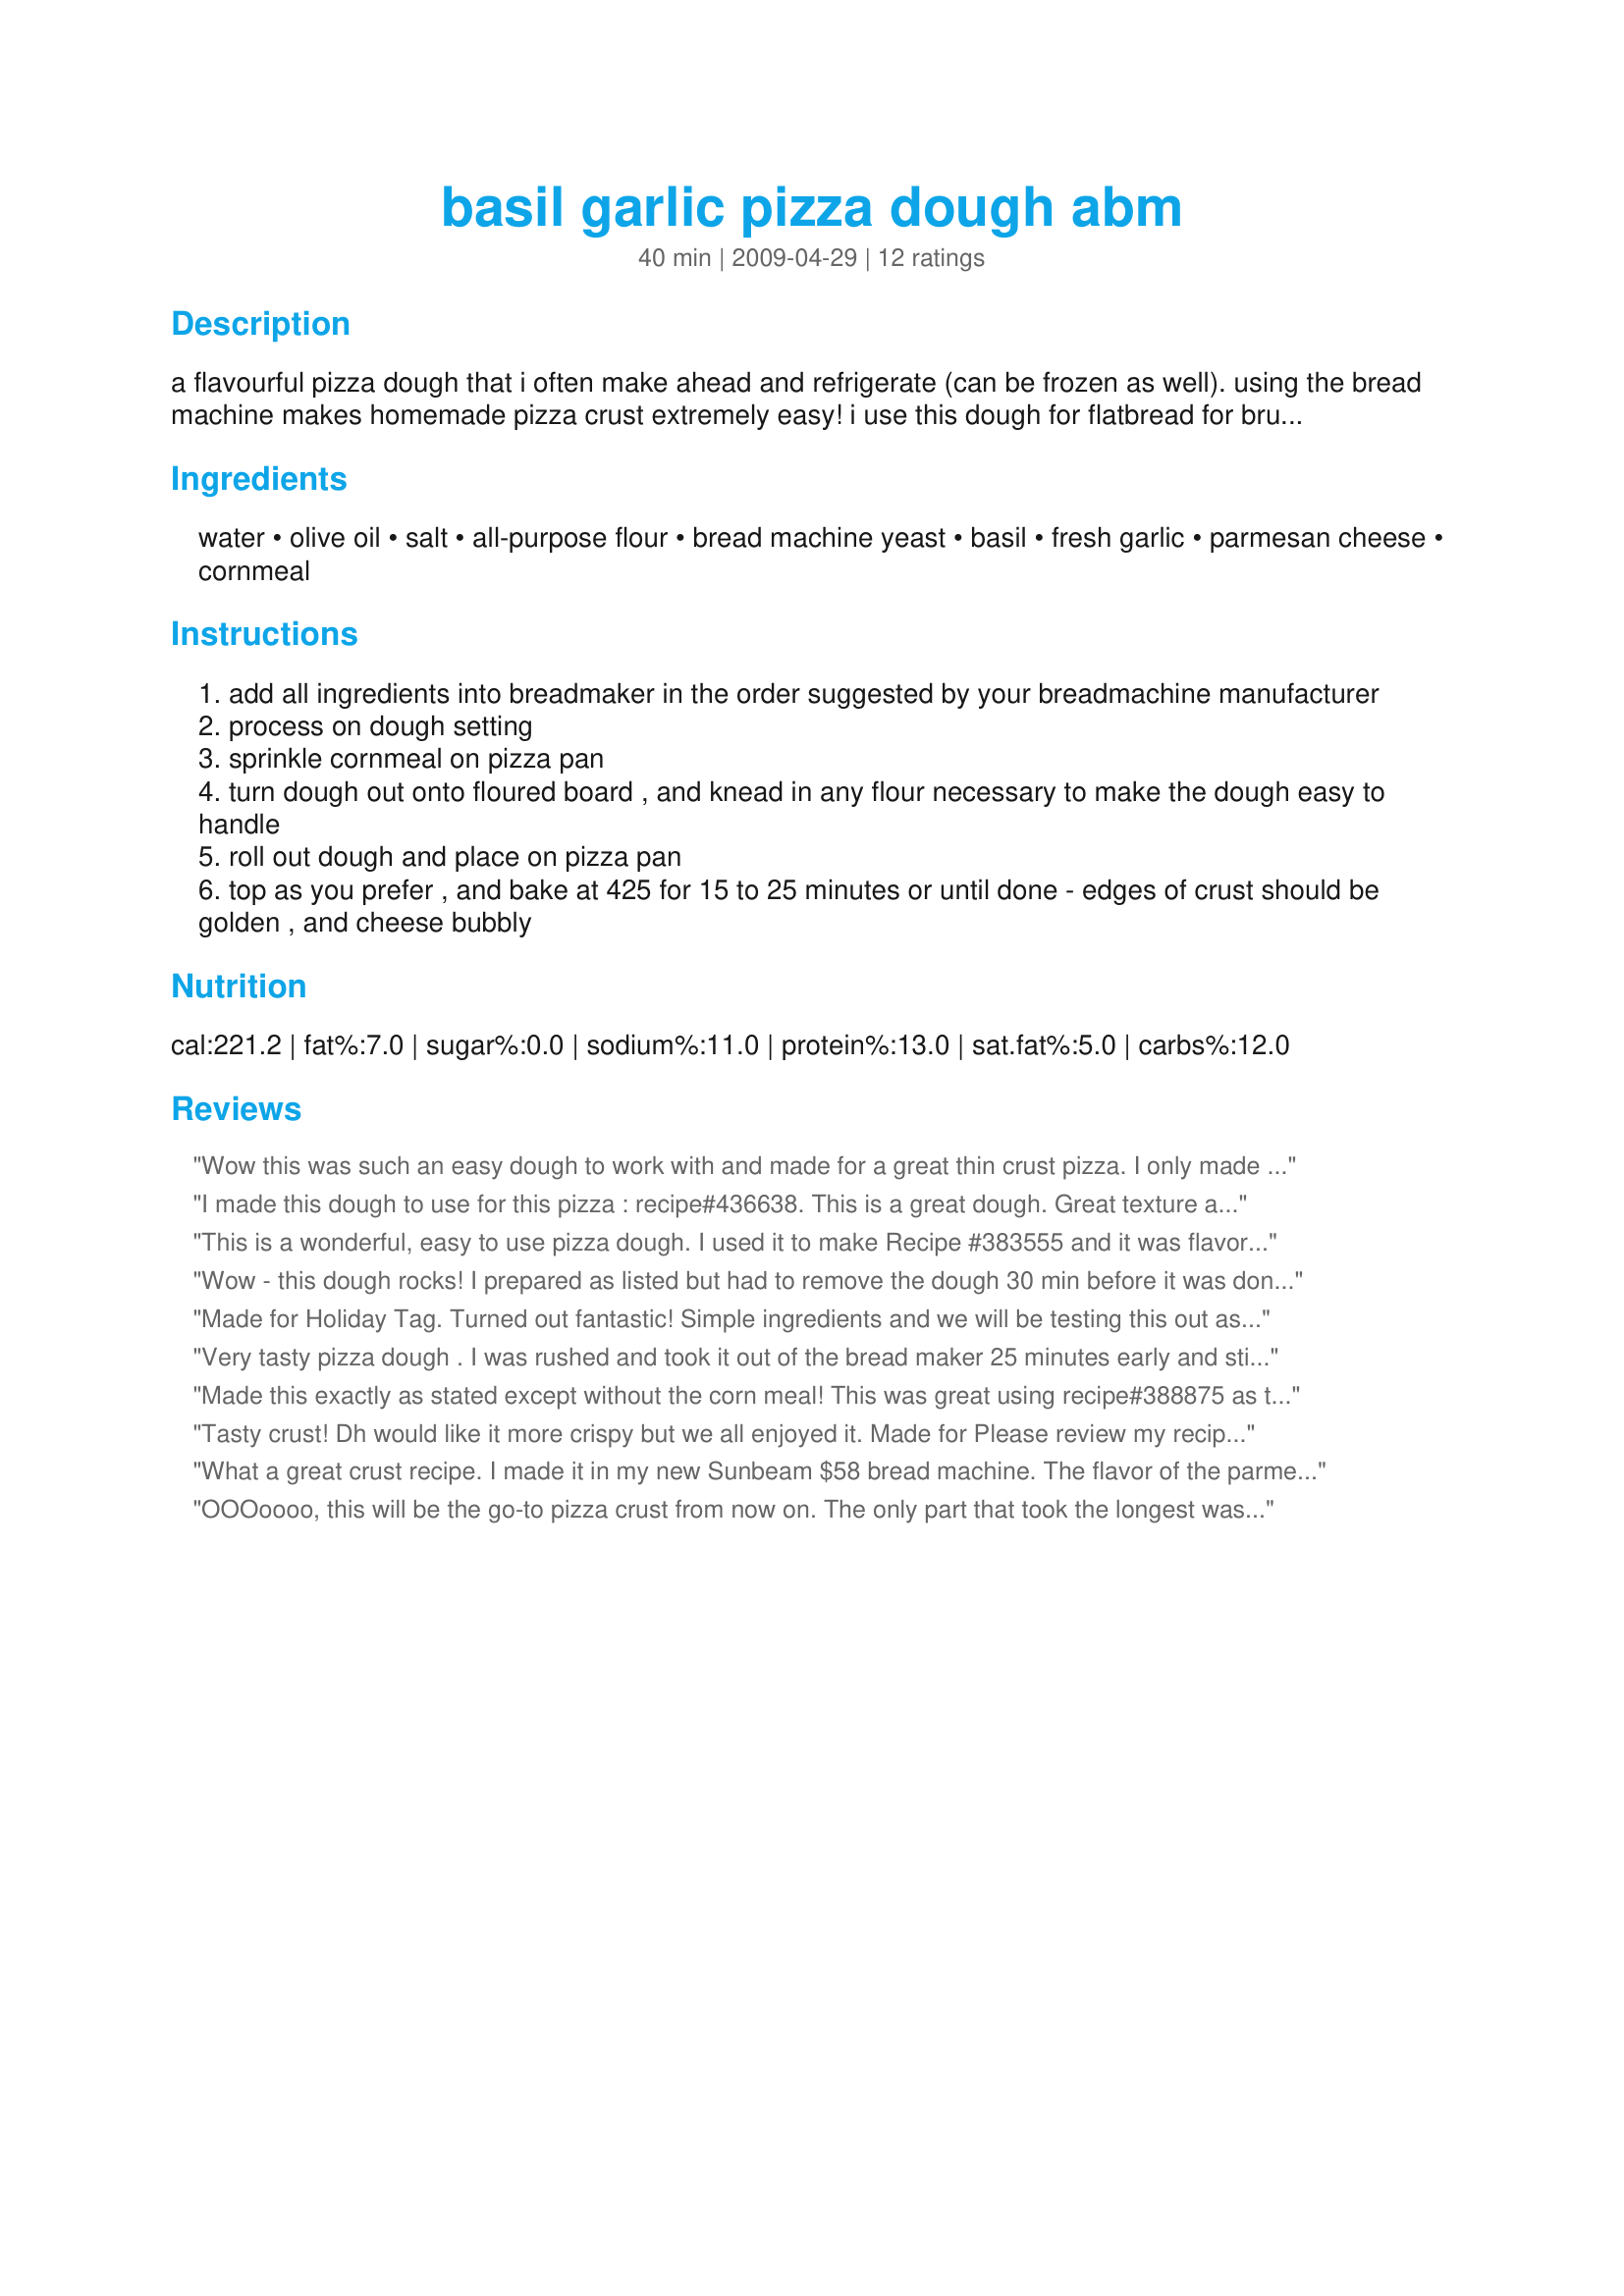
basil garlic pizza dough abm
Preparation time: 40 minutes

a flavourful pizza dough that i often make ahead and refrigerate (can be frozen as well). using the bread machine makes homemade pizza crust extremely easy! i use this dough for flatbread for bruschetta, as well. this recipe makes two 12" thin crust pizzas, one 14" thick crust pizza, or one 15x10" thin crust "party" pizza. you can make this a wheat crust by using half whole wheat and half white flour. (prep time does not include bread machine processing time.)

Ingredients:
water, olive oil, salt, all-purpose flour, bread machine yeast, basil, fresh garlic, parmesan cheese, cornmeal

Steps:
add all ingredients into breadmaker in the order suggested by your breadmachine manufacturer
process on dough setting
sprinkle cornmeal on pizza pan
turn dough out onto floured board , and knead in any flour necessary to make the dough easy to handle
roll out dough and place on pizza pan
top as you prefer , and bake at 425 for 15 to 25 minutes or until done - edges of crust should be golden , and cheese bubbly

Reviews:
Wow this was such an easy dough to work with and made for a great thin crust pizza. I only made 1/2 of the recipe for one large size pizza. Next time I will pre-bake it, so that it gets nice and crispy when finished baking with the toppings. The only thing I changed was to omit the basil due to 17 yo DS not liking it. Thanks for sharing your recipe. Made for Stars Tag Game.
I made this dough to use for this pizza : recipe#436638. This is a great dough. Great texture and taste. We made 2 pizza with it so it was not too thick. I didn't use the cornmeal. But for the rest, I did as mentionned. Thanks Katzen :) Made for PRMR tag game
This is a wonderful, easy to use pizza dough. I used it to make Recipe #383555 and it was flavorful, just the right consistency and easy to work with. I used half the dough and froze the other half. It is a very versatile dough that could be used for many things - pretzels, a loaf of bread, pizza, breadsticks - you name it. Thanks for a delicious recipe!
Wow - this dough rocks! I prepared as listed but had to remove the dough 30 min before it was done in the dough cycle. I bake quite a bit of bread by hand and I could not believe how smooth and elastic this dough was. I had the perfect round pizza crust in no more than 20 seconds, no kidding! The flavour was outstanding as well. My kids are begging for me to make this our go-to crust and they don't have to twist my arm. Made for 1-2-3 Tag
Made for Holiday Tag.
Turned out fantastic!
Simple ingredients and we will be testing this out as bread sticks next time.It made 2-12" thin crust pizzas just like Kat said it would!
I also used Kittencal's Fat-free-no-cook pizza sauce.
Very tasty pizza dough .
I was rushed and took it out of the bread maker 25 minutes early and still had a wonderfully risen light dough.
I used granulated garlic and not fresh.
I did not use it as pizza but baked for about 10 minutes took out of the oven brushed with garlic butter and topped with mozzarella and finished baking for cheesy garlic fingers.
I used about half the dough and froze the remaining dough.
Definite keeper.
Made for PRMR
Made this exactly as stated except without the corn meal! This was great using recipe#388875 as the sauce, with some mushrooms and fresh basil on top (turkey pepperoni for DH!) Thanks for posting Katzen! We loved it! Oh and we pre baked it, added topping and then baked it again and it was perfect! Made for Veg*n Swap May 2010!
Tasty crust! Dh would like it more crispy but we all enjoyed it. Made for Please review my recipe tag.
What a great crust recipe. I made it in my new Sunbeam $58 bread machine. The flavor of the parmesan cheese stood out.The garlic also added a lot. I cooked it 20 minutes and should have done 18 minutes at 425 degrees. This is a super keeper and I can not wait to make it again.Thanks for this recipe
OOOoooo, this will be the go-to pizza crust from now on. The only part that took the longest was waiting the 1 1/2 hours for the bread machine to finish the dough cycle. Wonderful tasting dough that gives you just a hint of spice and garlic. Much better than the plaino-plaino pizza dough or even the pre-made. :-)
Made for PRMR.
We live in South Jersey (southern NJ) where on every corner there is a pizzeria. So we are use to having great pizza. Part of the whole pizza experience is the crust, and this crust is delicious! We added tomato gravy, fresh mozzarella cheese, asiago and bell pepper sausage on one and bacon on the other. Thanks Katzen for an authentic experience. Made for Veg 'N Swap tag.
I forgot the olive oil, and this dough still turned out great! Probably a little crisper than it might have been otherwise. Can't wait to try it with ALL the ingredients!
